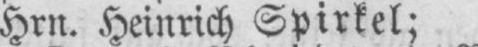
Hrn. Heinrich Spirkel;